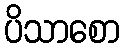
ပိသာစော